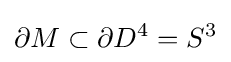
\partial M\subset \partial D^{4}=S^{3}